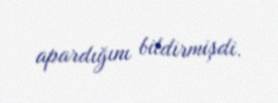
apardığını bildirmişdi.